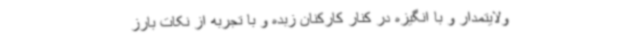
ولایتمدار و با انگیزه در کنار کارکنان زبده و با تجربه از نکات بارز